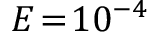
E \! = \! 1 0 ^ { - 4 }